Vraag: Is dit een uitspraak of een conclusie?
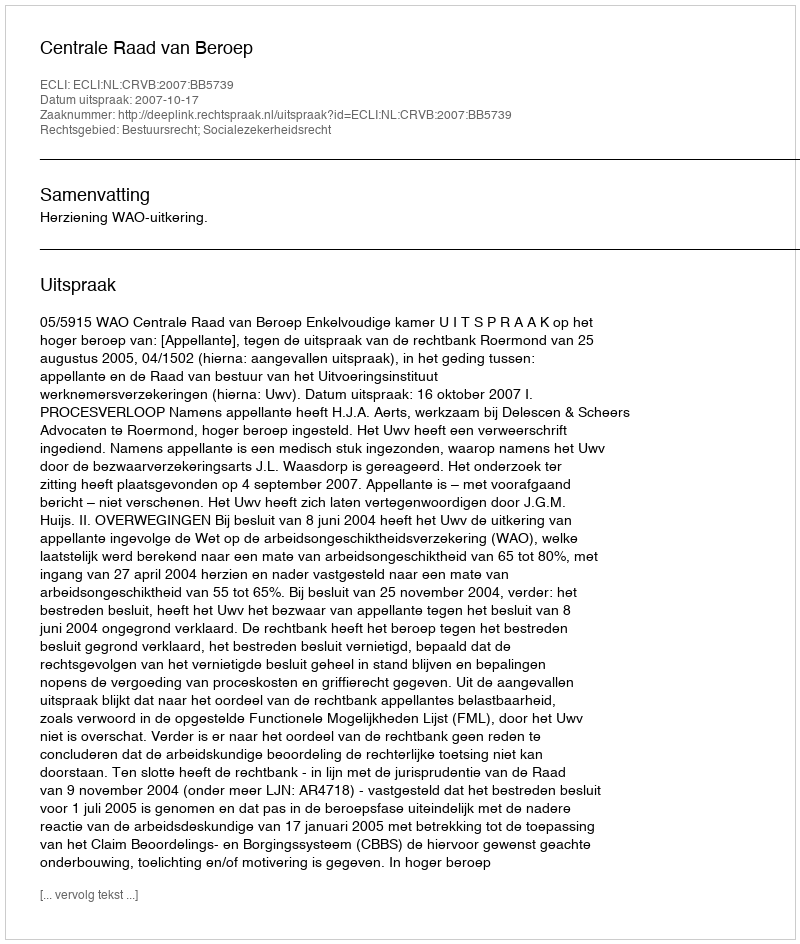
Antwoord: Uitspraak